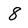
Character: 8